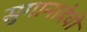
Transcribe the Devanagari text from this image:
सुगानादेवी